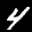
Label: 4